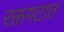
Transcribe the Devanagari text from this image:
रक्तगटात